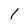
Character: 1